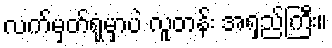
လက်မှတ်ရုံမှာပဲ လူတန်း အရှည်ကြီး။